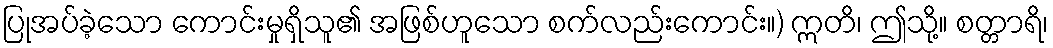
ပြုအပ်ခဲ့သော ကောင်းမှုရှိသူ၏ အဖြစ်ဟူသော စက်လည်းကောင်း။) ဣတိ၊ ဤသို့။ စတ္တာရိ၊